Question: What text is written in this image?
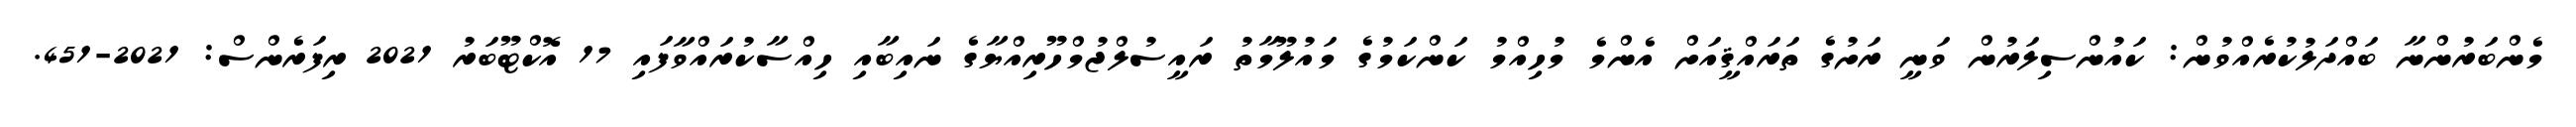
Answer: މެންބަރުންނާ ބައްދަލުކުރެއްވުން: ކައުންސިލަރުން ވަނީ ރަށުގެ ތަރައްޤީއަށް އެންމެ މުހިއްމު ކަންކަމުގެ މައުލޫމާތު ރައީސުލްޖުމްހޫރިއްޔާގެ ނައިބާއި ހިއްސާކުރައްވާފައި 17 އޮކްޓޫބަރު 2021 ރިފަރެންސް: 2021-451.